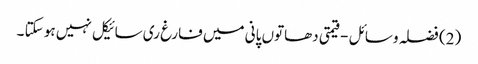
(2) فضلہ وسائل - قیمتی دھاتوں پانی میں فارغ ری سائیکل نہیں ہو سکتا ۔